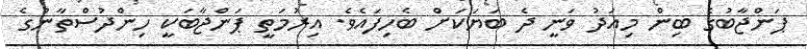
ޕަންޖާބުގެ ބިން މިއަދު ވަނީ ދެ ބަޔަކަށް ބެހިފައެވެ. އިރުމަތީ ޕަންޖާބަކީ ހިންދުސްތާނުގެ